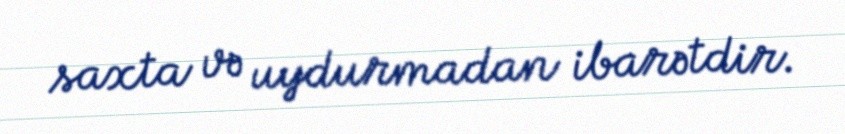
saxta və uydurmadan ibarətdir.